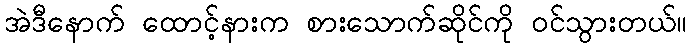
အဲဒီနောက် ထောင့်နားက စားသောက်ဆိုင်ကို ဝင်သွားတယ်။